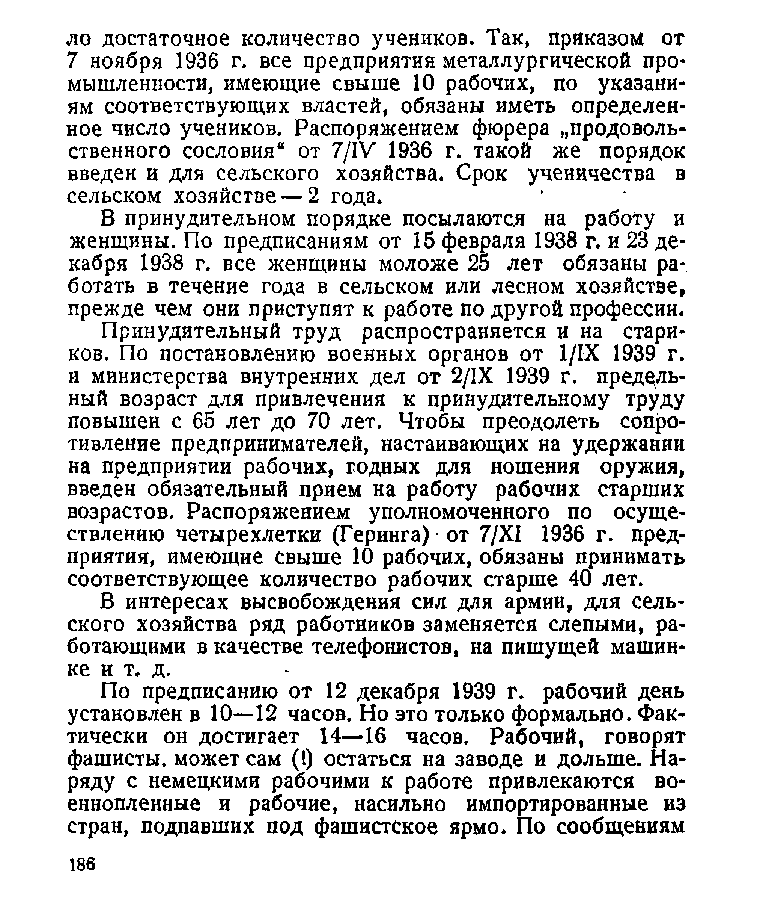
ло достаточное количество учеников. Так, приказом от
 7 ноября 1936 г. все предприятия металлургической про­
 мышленности, имеющие свыше 10 рабочих, по указани­
 ям соответствующих властей, обязаны иметь определен­
 ное число учеников. Распоряжением фюрера „продоволь­
 ственного сословия“ от 7/1V 1936 г. такой же порядок
 введен и для сельского хозяйства. Срок ученичества в
 сельском хозяйстве — 2 года.
 В принудительном порядке посылаются на работу и
 женщины. По предписаниям от 15 февраля 1938 г. и 23 де­
 кабря 1938 г. все женщины моложе 25 лет обязаны ра­
 ботать в течение года в сельском или лесном хозяйстве,
 прежде чем они приступят к работе по другой профессии.
 Принудительный труд распространяется и на стари­
 ков. По постановлению военных органов от 1/ГХ 1939 г.
 и министерства внутренних дел от 2/1Х 1939 г. предель­
 ный возраст для привлечения к принудительному труду
 повышен с 65 лет до 70 лет. Чтобы преодолеть сопро­
 тивление предпринимателей, настаивающих на удержании
 на предприятии рабочих, годных для ношения оружия,
 введен обязательный прием на работу рабочих старших
 возрастов. Распоряжением уполномоченного по осуще­
 ствлению четырехлетки (Геринга) • от 7/Х1 1936 г. пред­
 приятия, имеющие свыше 10 рабочих, обязаны принимать
 соответствующее количество рабочих старше 40 лет.
 В интересах высвобождения сил для армии, для сель­
 ского хозяйства ряд работников заменяется слепыми, ра­
 ботающими в качестве телефонистов, на пишущей машин­
 ке и т. д.
 По предписанию от 12 декабря 1939 г. рабочий день
 установлен в 10—12 часов. Но это только формально. Фак­
 тически он достигает 14—16 часов. Рабочий, говорят
 фашисты, может сам (I) остаться на заводе и дольше. На­
 ряду с немецкими рабочими к работе привлекаются во­
 еннопленные и рабочие, насильно импортированные из
 стран, подпавших под фашистское ярмо. По сообщениям
 186